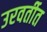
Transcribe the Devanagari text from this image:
उरवर्तीत